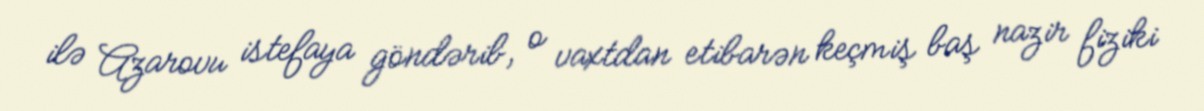
ilə Azarovu istefaya göndərib, o vaxtdan etibarən keçmiş baş nazir fiziki